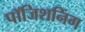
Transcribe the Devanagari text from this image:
पॉजिशनिंग